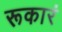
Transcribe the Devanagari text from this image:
रूकारं